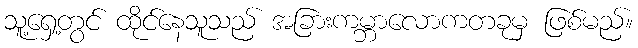
သူ့ရှေ့တွင် ထိုင်နေသူသည် အခြားကမ္ဘာလောကတခုမှ ဖြစ်မည်။